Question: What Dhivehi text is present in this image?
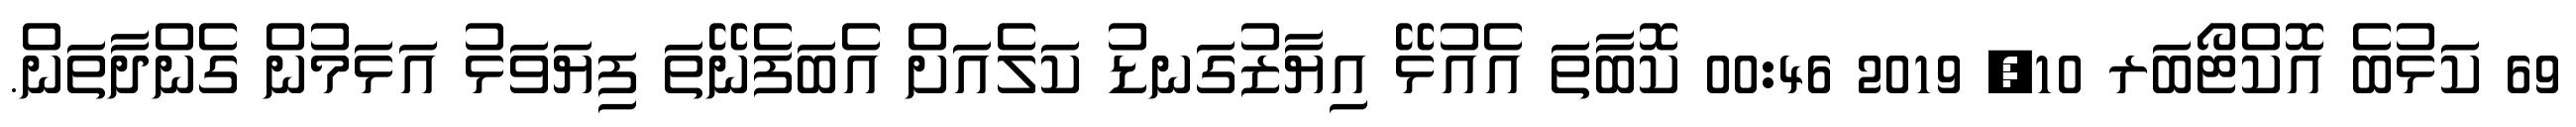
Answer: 69 ކަޅުބެ އޮކްޓޯބަރ 10, 2019 00:46 ކޮބާތަ އެއުޅޭ އިޔާޒުގަނޑު ކަލެއަށް އެބަފެނޭތަ ފިޔަވަޅު އަޅަމުން ގެންދާތަން.